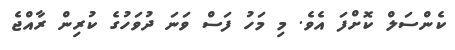
ކެންސަލް ކޮށްފަ އެވެ. މި މަހު ފަސް ވަނަ ދުވަހުގެ ކުރިން ރާއްޖެ